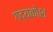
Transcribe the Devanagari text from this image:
गद्यकोश